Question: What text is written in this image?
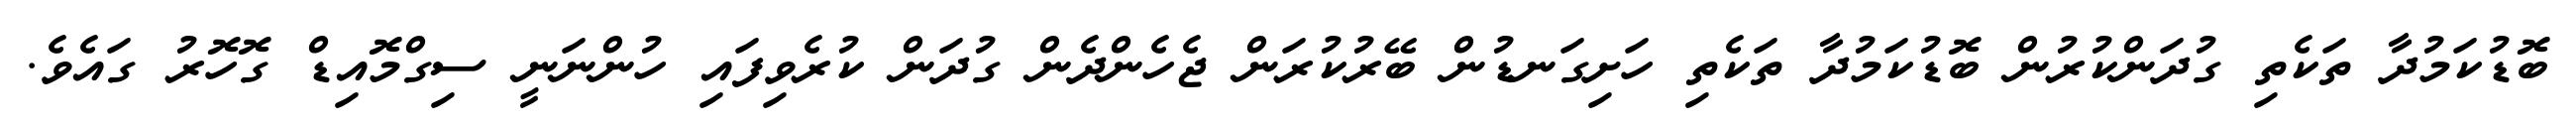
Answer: ބޮޑުކަމުދާ ތަކެތި ގުދަންކުރުން ބޮޑުކަމުދާ ތަކެތި ހަށިގަނޑުން ބޭރުކުރަން ޖެހެންދެން ގުދަން ކުރެވިފައި ހުންނަނީ ސިގްމޮއިޑް ގޮހޮރު ގައެވެ.